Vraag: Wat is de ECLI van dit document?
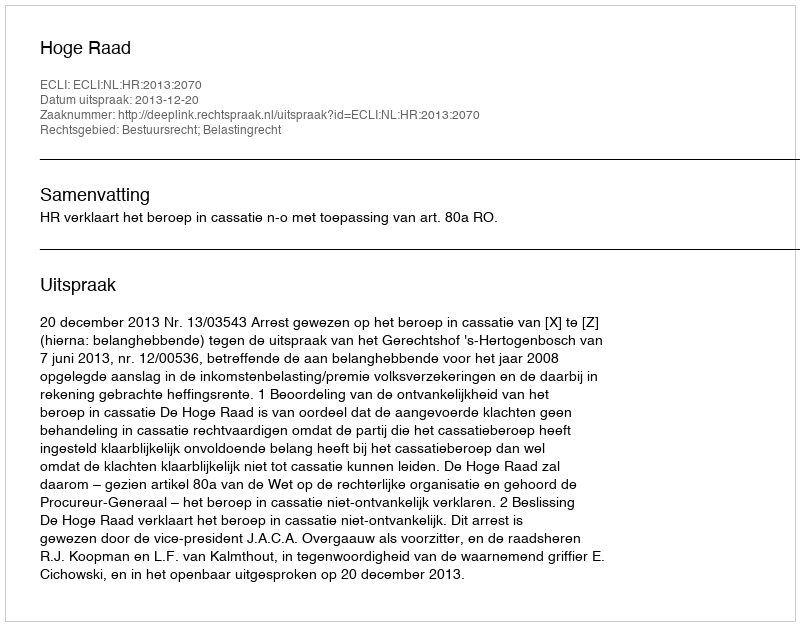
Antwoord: ECLI:NL:HR:2013:2070